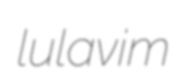
lulavim